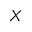
X